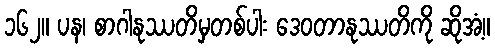
၁၆၂။ ပန၊ စာဂါနုဿတိမှတစ်ပါး ဒေဝတာနုဿတိကို ဆိုအံ့။